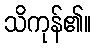
သိကုန်၏။